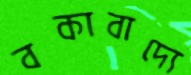
বকাবাদ্যে